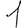
Digit: 1